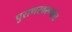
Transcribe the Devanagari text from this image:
पुराणस्वरूपांत